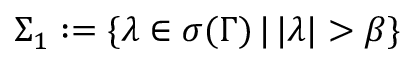
\Sigma _ { 1 } : = \{ \lambda \in \sigma ( \Gamma ) \, | \, | \lambda | > \beta \}